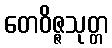
တေဝိဇ္ဇသုတ္တ